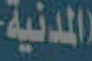
المدنية